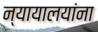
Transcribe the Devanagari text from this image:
न्यायालयांना